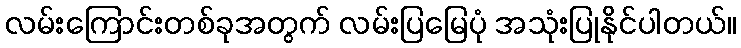
လမ်းကြောင်းတစ်ခုအတွက် လမ်းပြမြေပုံ အသုံးပြုနိုင်ပါတယ်။